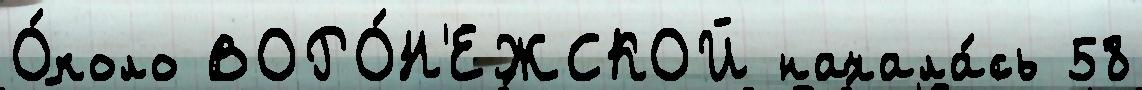
О́коло ВОРО́Н'ЕЖСКОЙ начала́сь 58